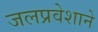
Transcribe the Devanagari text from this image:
जलप्रवेशाने